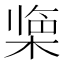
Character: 𪲹